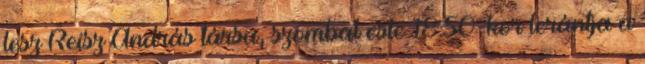
lesz Reisz And­rás társa, szom­bat este 18:50-kor le­rántja a